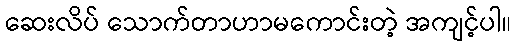
ဆေးလိပ် သောက်တာဟာမကောင်းတဲ့ အကျင့်ပါ။